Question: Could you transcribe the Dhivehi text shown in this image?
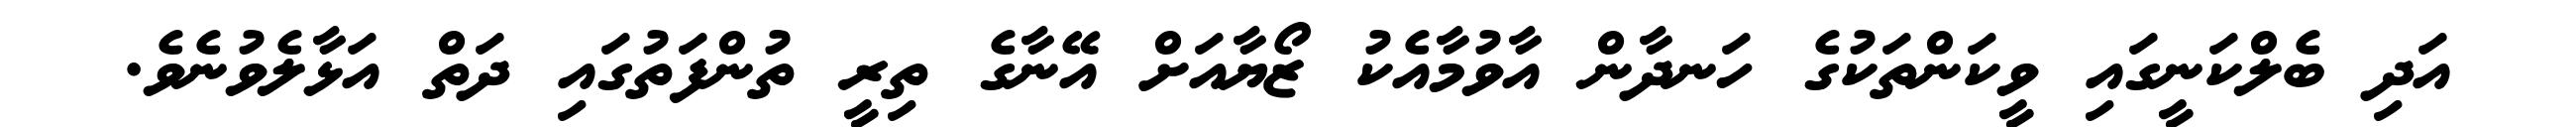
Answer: އަދި ބެލްކަނީގައި ވީކަންތަކުގެ ހަނދާން އާވުމާއެކު ޒޯޔާއަށް އޭނާގެ ތިރީ ތުންފަތުގައި ދަތް އަޅާލެވުނެވެ.